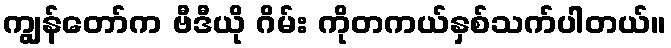
ကျွန်တော်က ဗီဒီယို ဂိမ်း ကိုတကယ်နှစ်သက်ပါတယ်။